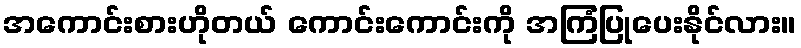
အကောင်းစားဟိုတယ် ကောင်းကောင်းကို အကြံပြုပေးနိုင်လား။